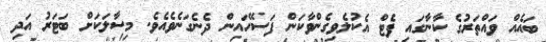
ބައެއް ވައްތަރުގެ ކާނާގައި ފެޓް އެކުލެވިގެންވާކަން ފަސޭހައިން ދެނެގަނެވެއެވެ. މިސާލަކަށް ބަޓަރު އަދި